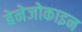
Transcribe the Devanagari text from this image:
बेनेजोकाइन